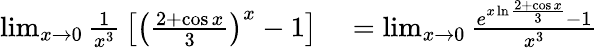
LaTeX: \begin{array}{rl}{\operatorname*{lim}_{x\to 0}{\frac{1}{x^{3}}}\left[\left({\frac{2+\cos x}{3}}\right)^{x}-1\right]}&{{}=\operatorname*{lim}_{x\to 0}{\frac{e^{x\ln{\frac{2+\cos x}{3}}}-1}{x^{3}}}}\end{array}